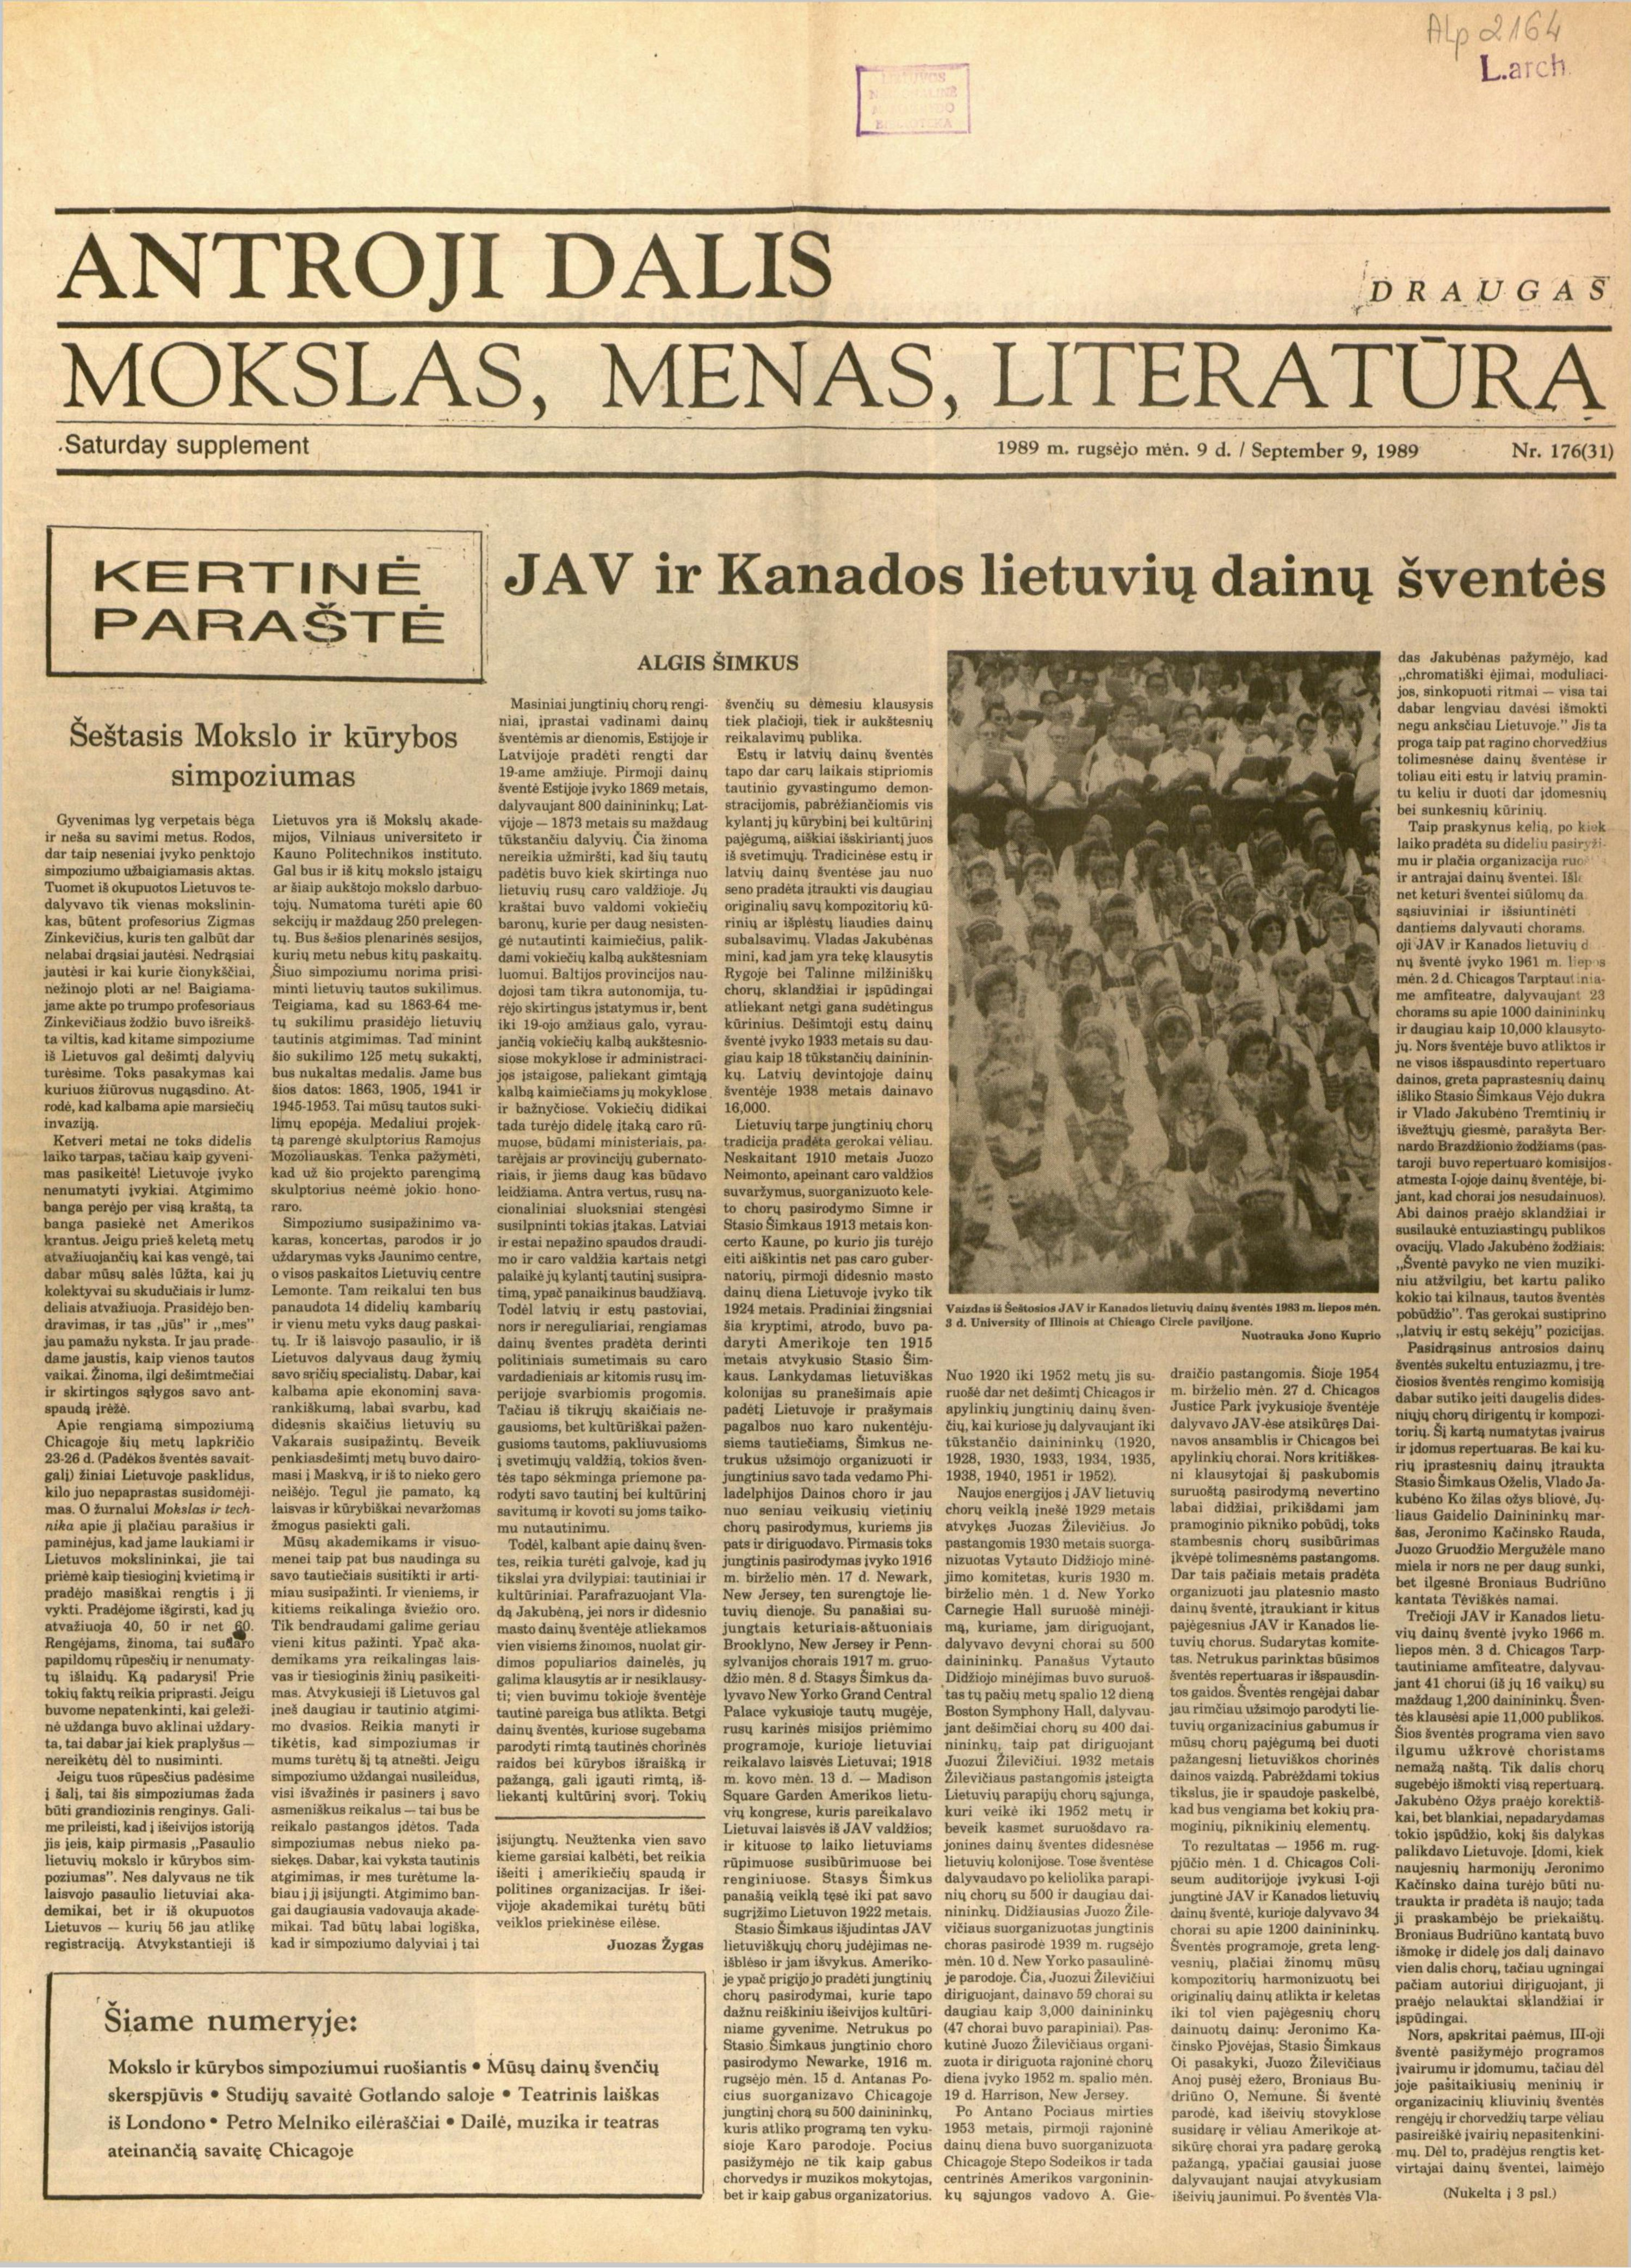
Language: lt